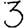
Digit: 3